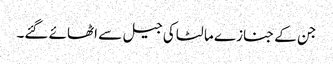
جن کے جنازے مالٹا کی جیل سے اٹھائے گئے۔